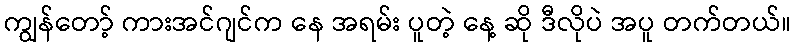
ကျွန်တော့် ကားအင်ဂျင်က နေ အရမ်း ပူတဲ့ နေ့ ဆို ဒီလိုပဲ အပူ တက်တယ်။